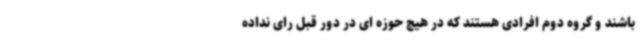
باشند و گروه دوم افرادی هستند که در هیچ حوزه ای در دور قبل رای نداده